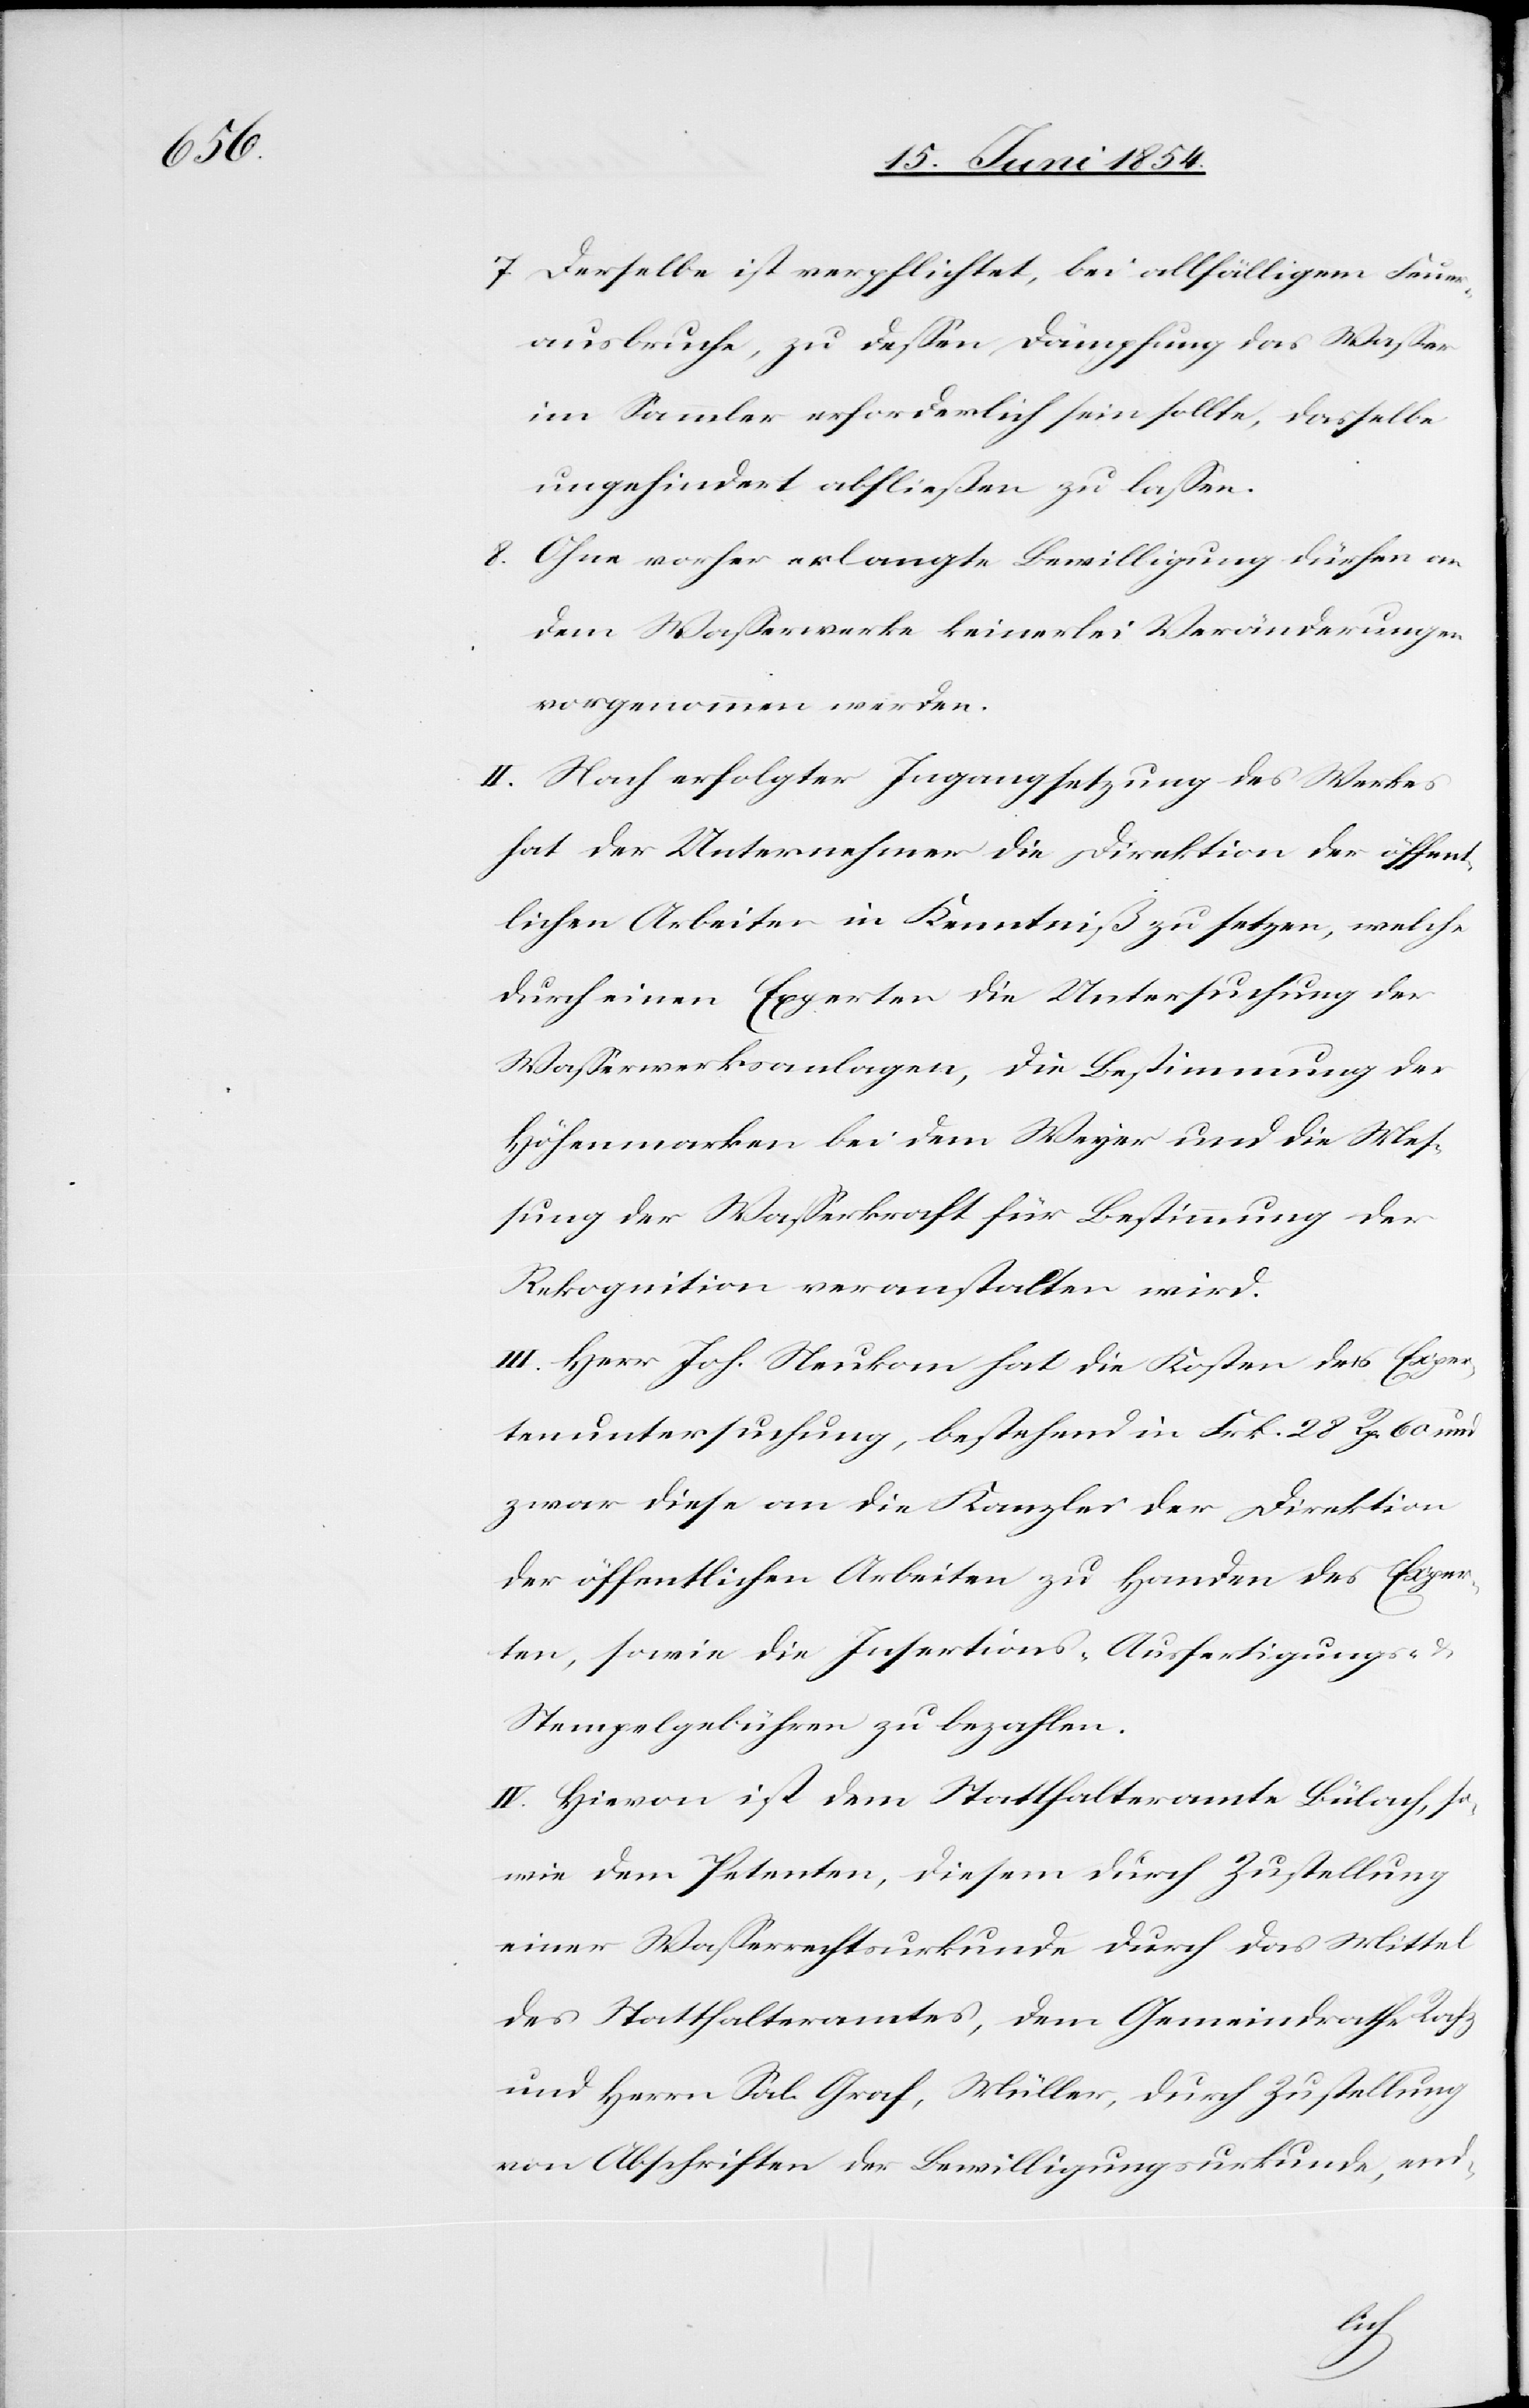
7. Derselbe ist verpflichtet, bei allfälligem Feuer¬
ausbruche, zu deßen Dämpfung das Waßer
im Sammler erforderlich sein sollte, dasselbe
ungehindert abfließen zu laßen.
8. Ohne vorher erlangte Bewilligung dürfen an
dem Waßerwerke keinerlei Veränderungen
vorgenommen werden.
II. Nach erfolgter Ingangsetzung des Werkes
hat der Unternehmer die Direktion der öffent¬
lichen Arbeiten in Kenntniß zu setzen, welche
durch einen Experten die Untersuchung der
Waßerwerksanlagen, die Bestimmung der
Höhenmarken bei dem Weyer und die Meß¬
ung der Waßerkraft für Bestimmung der
Rekognition veranstalten wird.
III. Herr Joh. Neukom hat die Kosten der Exper¬
tenuntersuchung, bestehend in Frk. 28 Rp. 60 und
zwar diese an die Kanzlei der Direktion
der öffentlichen Arbeiten zu Handen des Exper¬
ten, sowie die Insertions-[,] Ausfertigungs- und
Stempelgebühren zu bezahlen.
IV. Hievon ist dem Statthalteramte Bülach, so¬
wie dem Petenten, diesem durch Zustellung
einer Waßerrechtsurkunde durch das Mittel
des Statthalteramtes, dem Gemeindrathe Rafz
und dem Herrn Sal. Graf, Müller, durch Zustellung
von Abschriften der Bewilligungsurkunde, end-